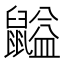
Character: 𪕶